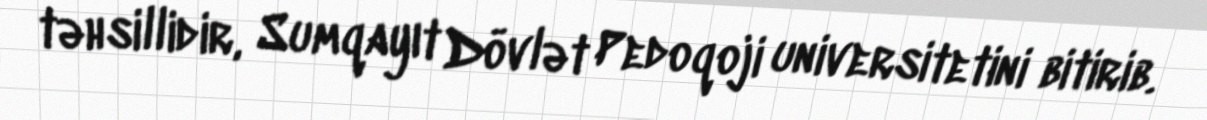
təhsillidir, Sumqayıt Dövlət Pedoqoji universitetini bitirib.